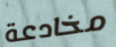
مخادعة